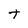
Character: t